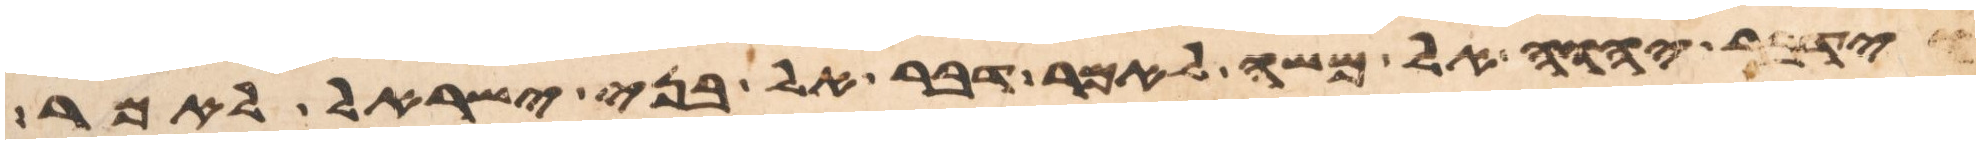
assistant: וידבר יהוה אל משה לאמר דבר אל בני ישראל לאמר